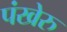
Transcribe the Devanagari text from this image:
पंखेरु